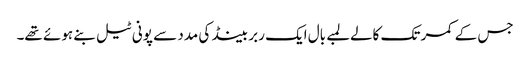
جس کے کمر تک کالےلمبے بال ایک ربر بینڈ کی مدد سے پونی ٹیل بنے ہوئے تھے۔